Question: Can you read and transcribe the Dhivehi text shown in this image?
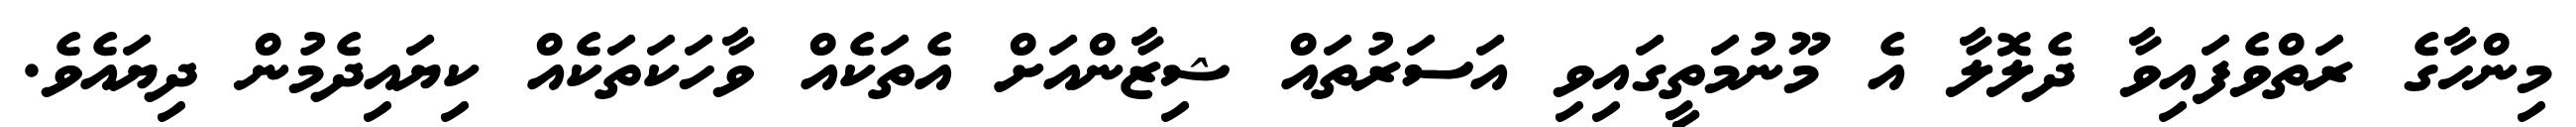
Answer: މިންހާގެ ރަތްވެފައިވާ ދެލޮލާ އެ މޫނުމަތީގައިވި އަސަރުތައް ޝިޒާންއަށް އެތަކެއް ވާހަކަތަކެއް ކިޔައިދެމުން ދިޔައެވެ.